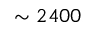
\sim 2 4 0 0